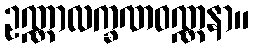
ဥဏ္ဏာလက္ခဏဝဏ္ဏနာ။